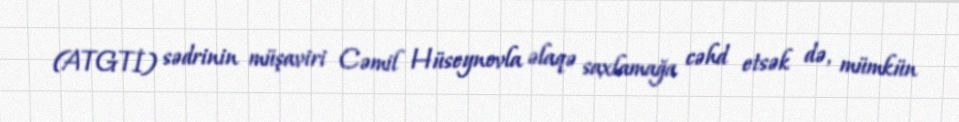
(ATGTİ) sədrinin müşaviri Cəmil Hüseynovla əlaqə saxlamağa cəhd etsək də, mümkün